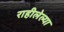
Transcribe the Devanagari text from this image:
राहीलेल्‍या